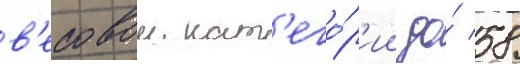
в'есовои кат'его́р'ии до́ 58